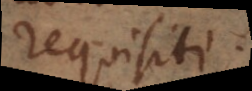
requisiti.